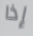
إذا